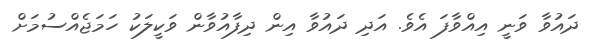
ދައުވާ ވަނީ އިއްވާފަ އެވެ. އަދި ދައުވާ އިން ދިފާއުވާން ވަކީލަކު ހަމަޖެއްސުމަށް